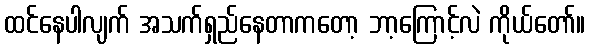
ထင်နေပါလျက် အသက်ရှည်နေတာကတော့ ဘာ့ကြောင့်လဲ ကိုယ်တော်။